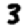
Digit: 3